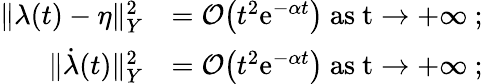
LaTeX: \begin{array}{rl}{\lVert\lambda(t)-\eta\rVert_{Y}^{2}}&{=\mathcal{O}\big(t^{2}\mathrm{e}^{-\alpha t}\big)\ \mathrm{as~t\to+\infty~};}\\ {\lVert\dot{\lambda}(t)\rVert_{Y}^{2}}&{=\mathcal{O}\big(t^{2}\mathrm{e}^{-\alpha t}\big)\ \mathrm{as~t\to+\infty~};}\end{array}